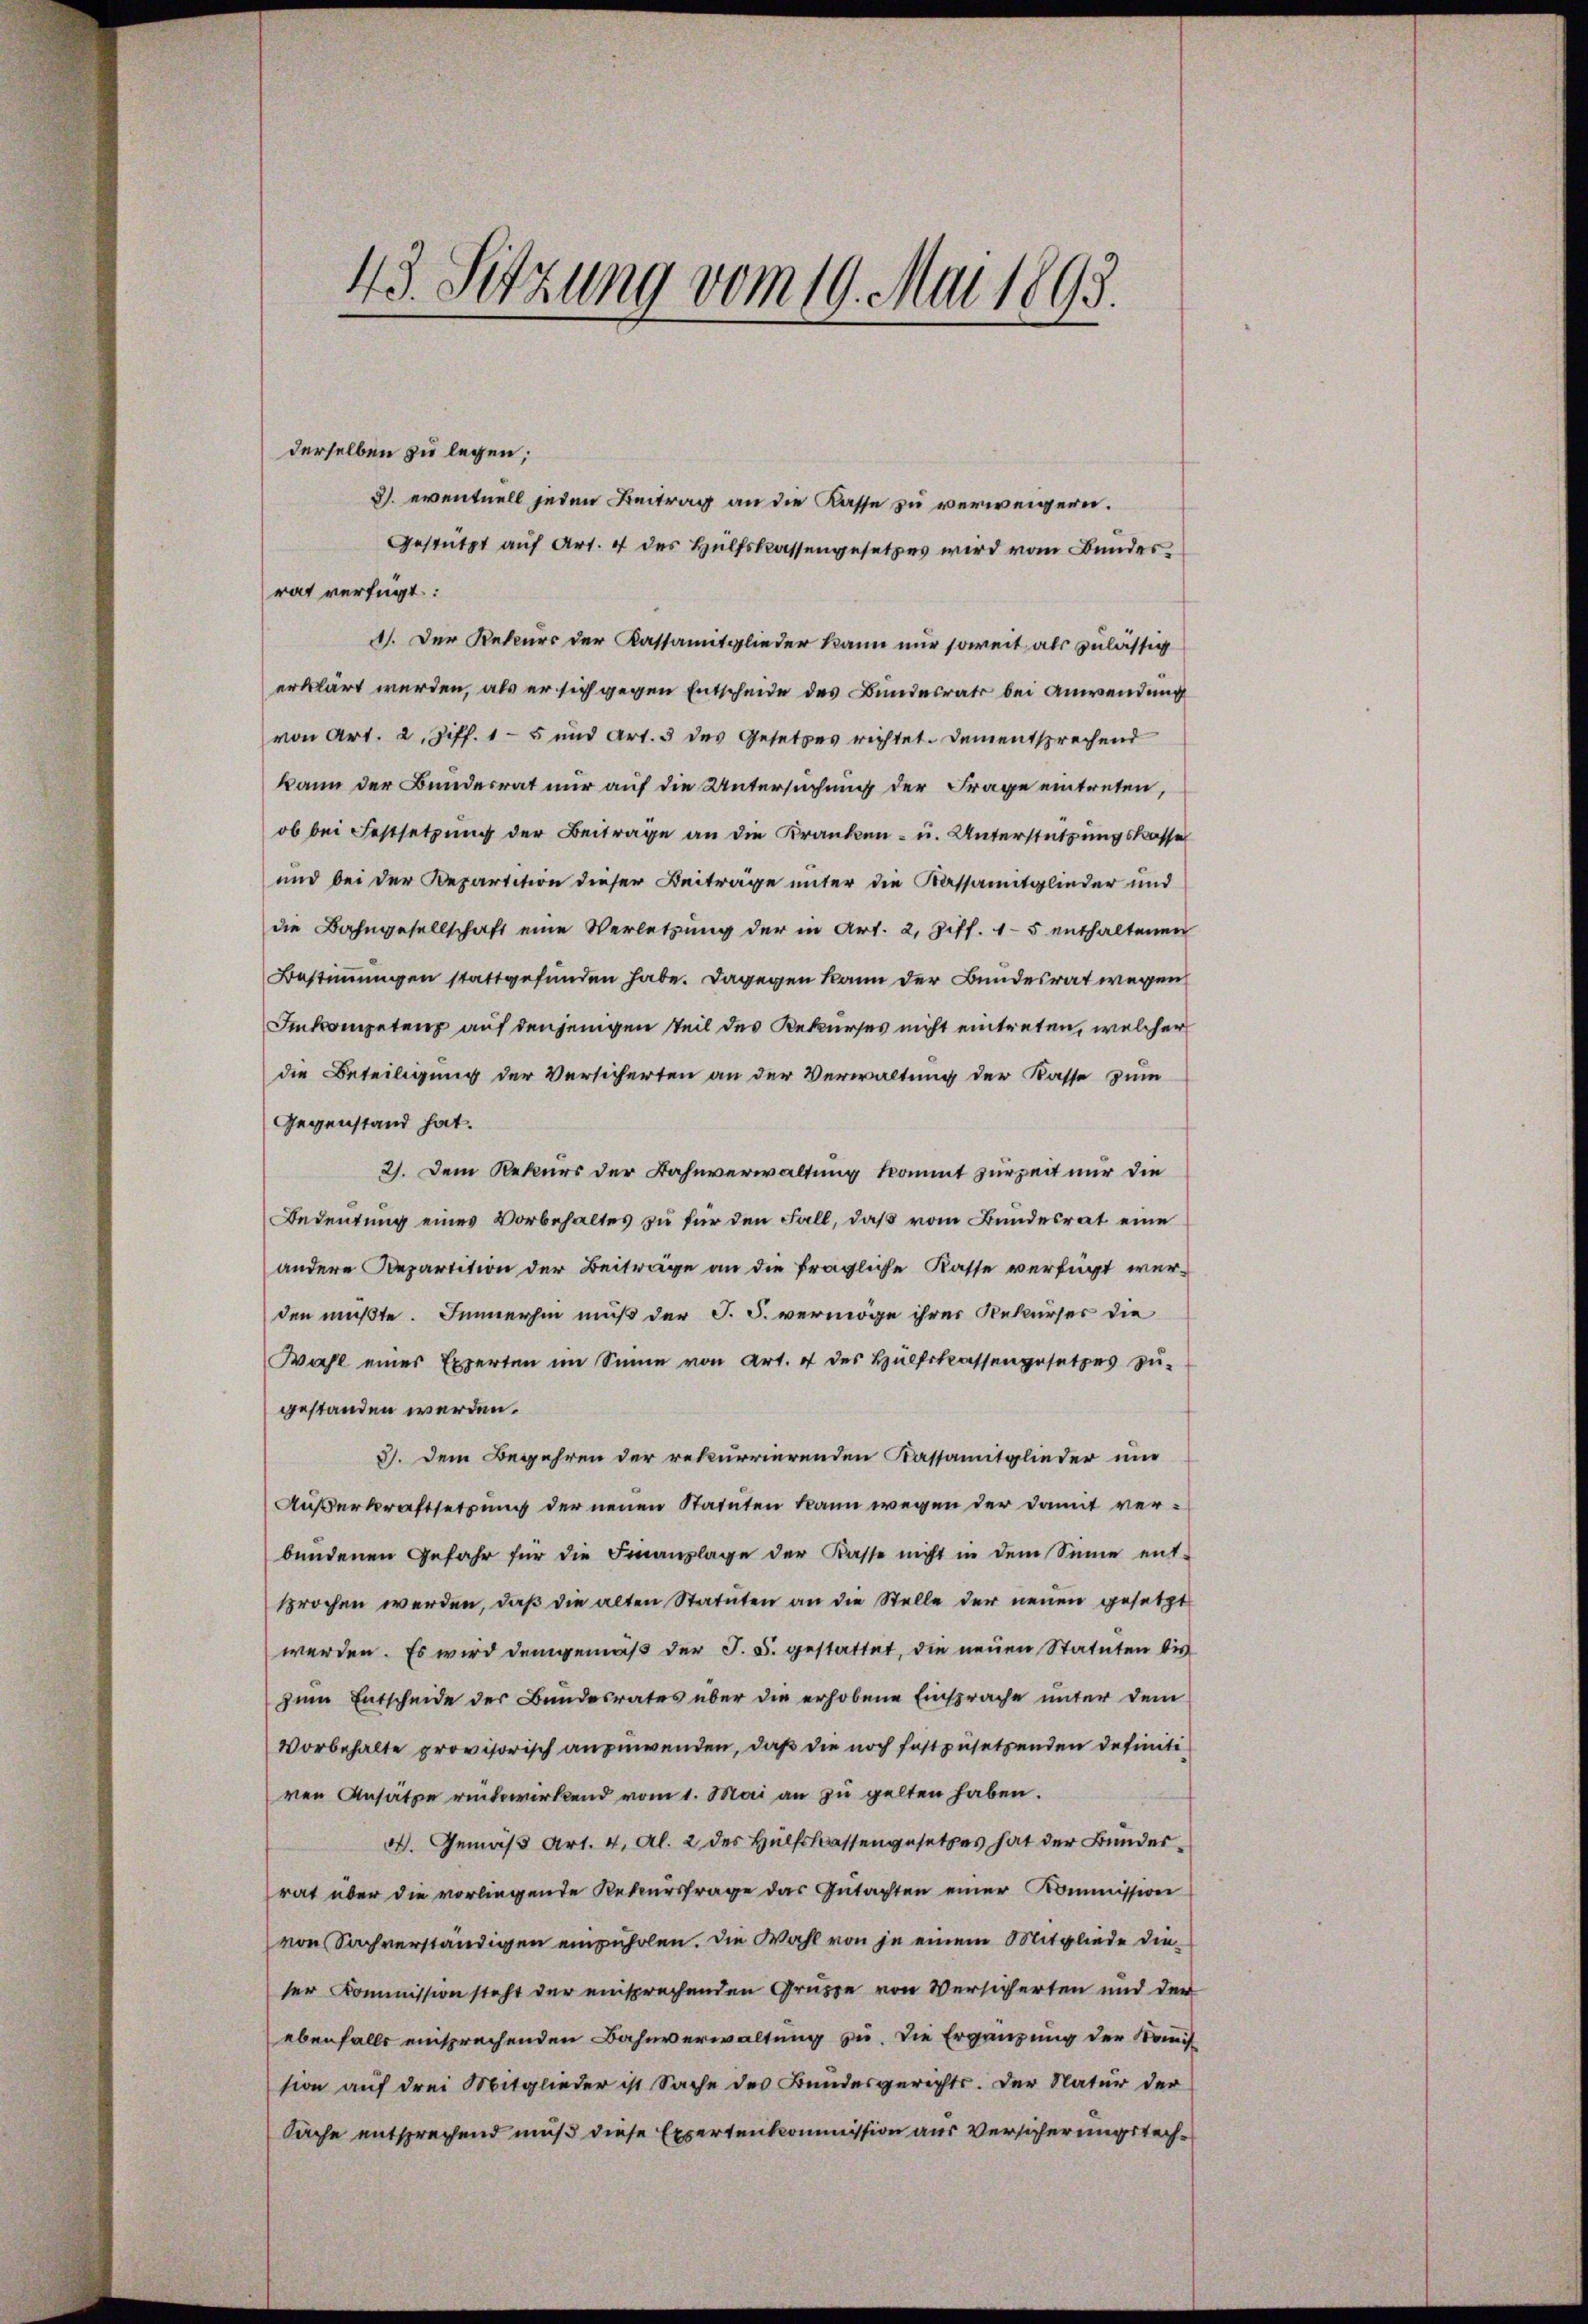
43. Setzung vom 19. Mai 1893.

derselben zu legen;
3). eventuell jeden Beitrag an die Kasse zu verweigern.
Gestützt auf Art. 4 des Hülfskassengesetzes wird vom Bundes¬
1). Der Rekurs der Kassamitglieder kann nur soweit als zulässig
erklärt werden, als er sich gegen Entscheide des Bundesrats bei Anwendung
von Art. 2, Ziff. 15 und Art. 3 des Gesetzes richtet. Dementsprechend
kann der Bundesrat nur auf die Untersuchung der Frage eintreten,
ob bei Festsetzung der Beiträge an die Kranken- u. Unterstützungskasse
und bei der Departition dieser Beiträge unter die Kassanitglieder und
die Bahngesellschaft eine Verletzung der in Art. 2, Ziff. 15 enthaltenen
Bestimmungen stattgefunden habe. Dagegen kann der Bundesrat wegen
Ikompetenz auf denjenigen Teil des Rekurses nicht eintreten, welcher
die Beteiligung der Versicherten an der Verwaltung der Kasse zum
Gegenstand hat.
2). Dem Rekurs der Bahnverwaltung kommt zur Zeit nur die
Bedeutung eines Vorbehaltes zu für den Fall, daß vom Bundesrat eine
andere Departition der Beiträge an die fragliche Kasse verfügt werden mußte. Immerhin muß der J. J. vermöge ihrer Rekurses die
Wahl eines Experten im Sinne von Art. 4 des Hülfskassengesetzes zu-
gestanden werden.
3). Dem Begehren der rekurrierenden Kassamitglieder und
Außerkraftsetzung der neuen Statuten kann wegen der damit verbŭndenen Gefahr für die Finanzlage der Kasse nicht in dem Sinne ent-
sprochen werden, daß die alten Statuten an die Stelle der neuen gesetzt
werden. Es wird demgemäß der J. J. gestattet, die neuen Statuten bis
zum Entscheide der Bundesrates über die erhobene Einsprache unter dem
Vorbehalte provisorisch anzuwenden, daß die noch festzusetzenden definitiren Ansätze eitwirkend vom 1. Mai an zu gelten haben.
V. Gemäß Art. 4, Al. 2 des Hülfskassengesetzes hat der Bundesrat über die vorliegende Rekursfrage das Gŭtachten einer Kommission
von Sachverständigen einzuholen. Die Wahl von je einem Mitgliede dieser Kommission steht der einsprechenden Grüsse von Versicherten und der
ebenfalls einsprechenden Bahnverwaltung zu. Die Ergänzung der Kommis
sion auf drei Mitglieder ist Sache des Bundesgerichts. Der Natur der
Sache entsprechend muß diese Expertenkommission aus Versicherungsrech¬

rat verfügt: